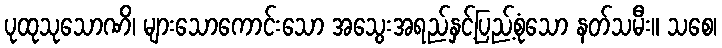
ပုထုသုသောဏိ၊ များသောကောင်းသော အသွေးအရည်နှင့်ပြည့်စုံသော နတ်သမီး။ သစေ၊